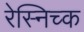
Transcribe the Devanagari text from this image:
रेस्निच्क